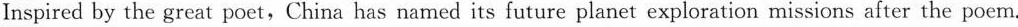
Inspired by the great poet,China has named its future planet exploration missions after the poem.